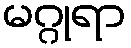
မဂ္ဂုရာ